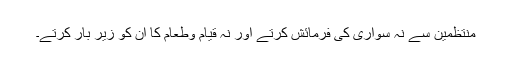
منتظمین سے نہ سواری کی فرمائش کرتے اور نہ قیام وطعام کا ان کو زیر بار کرتے۔